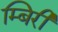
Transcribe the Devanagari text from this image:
म्बिरी